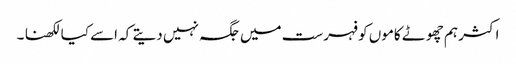
اکثر ہم چھوٹے کاموں کو فہرست میں جگہ نہیں دیتے کہ اسے کیا لکھنا ۔